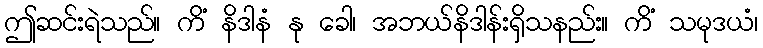
ဤဆင်းရဲသည်။ ကိံ နိဒါနံ နု ခေါ၊ အဘယ်နိဒါန်းရှိသနည်း။ ကိံ သမုဒယံ၊